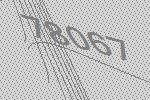
78067